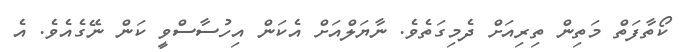
ކޯތާފަތް މަތިން ތިރިއަށް ދެމިގަތެވެ. ނާޔަލްއަށް އެކަން އިހުސާސްވީ ކަން ނޭގެއެވެ. އެ